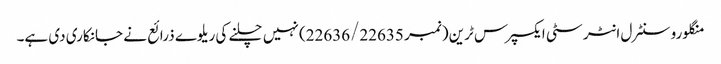
منگلورو سنٹرل انٹر سٹی ایکسپرس ٹرین (نمبر 22636/22635) نہیں چلنے کی ریلوے ذرائع نے جانکاری دی ہے۔